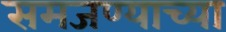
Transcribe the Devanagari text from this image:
समजण्याच्या